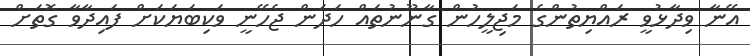
އޭނާ ވިދާޅުވީ ރައްޔިތުންގެ މަޖިލީހުން ގާނޫނުތައް ހަދަން ޖެހޭނީ ވަކިބަޔަކަށް ފައިދާވާ ގޮތަށް